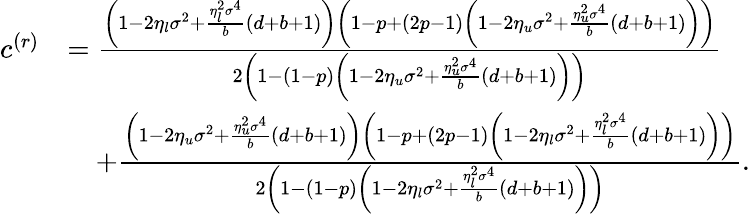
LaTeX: \begin{array}{rl}{c^{(r)}}&{=\frac{\left(1-2\eta_{l}\sigma^{2}+\frac{\eta_{l}^{2}\sigma^{4}}{b}(d+b+1)\right)\left(1-p+(2p-1)\left(1-2\eta_{u}\sigma^{2}+\frac{\eta_{u}^{2}\sigma^{4}}{b}(d+b+1)\right)\right)}{2\left(1-(1-p)\left(1-2\eta_{u}\sigma^{2}+\frac{\eta_{u}^{2}\sigma^{4}}{b}(d+b+1)\right)\right)}}\\ &{\quad+\frac{\left(1-2\eta_{u}\sigma^{2}+\frac{\eta_{u}^{2}\sigma^{4}}{b}(d+b+1)\right)\left(1-p+(2p-1)\left(1-2\eta_{l}\sigma^{2}+\frac{\eta_{l}^{2}\sigma^{4}}{b}(d+b+1)\right)\right)}{2\left(1-(1-p)\left(1-2\eta_{l}\sigma^{2}+\frac{\eta_{l}^{2}\sigma^{4}}{b}(d+b+1)\right)\right)}.}\end{array}